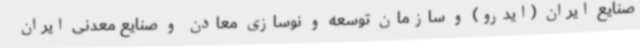
صنایع ایران (ایدرو) و سازمان توسعه و نوسازی معادن و صنایع معدنی ایران